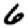
Digit: 6